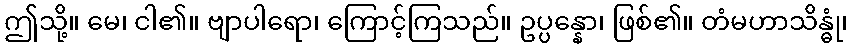
ဤသို့။ မေ၊ ငါ၏။ ဗျာပါရော၊ ကြောင့်ကြသည်။ ဥပ္ပန္နော၊ ဖြစ်၏။ တံမဟာသိန္ဓုံ၊